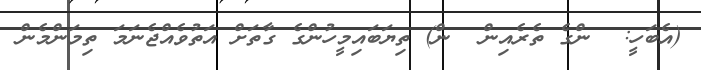
(އެބަހީ:  ންގެ ތެރެއިން  ން) ތިޔަބައިމީހުންގެ ގާތަށް އަތުވެއްޖެނަމަ ތިމަންމެން